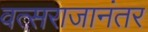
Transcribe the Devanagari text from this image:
वत्सराजानंतर